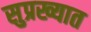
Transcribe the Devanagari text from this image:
सुप्रख्यात